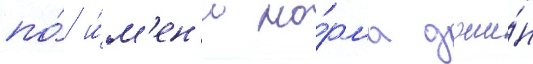
по́ и́м'ен'и но́рма джи́н